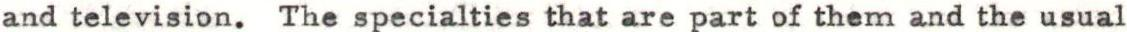
and television. The specialties that are part of them and the usual